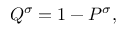
\begin{array} { r } { Q ^ { \sigma } = 1 - P ^ { \sigma } , } \end{array}